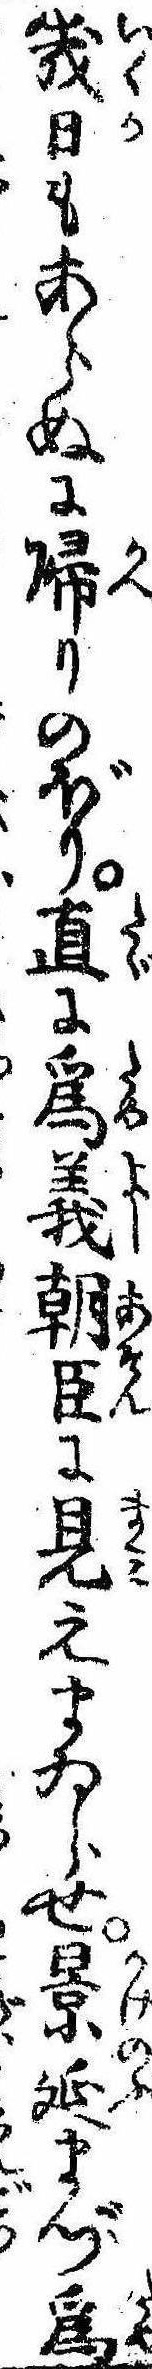
幾日もあらぬに帰りのぼり直に為義朝臣に見えまゐらせ景延まづ為